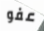
عفو